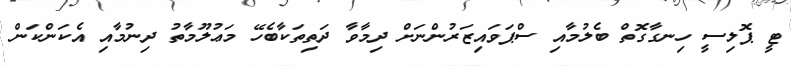
ޓީ ޕޮލިސީ ހިނގާގޮތް ބެލުމާއި ސްޕަވައިޒަރުންނަށް ދިމާވާ ދަތިތަކާބެހޭ މަޢުލޫމާތު ދިނުމާއި އެކަންކަން